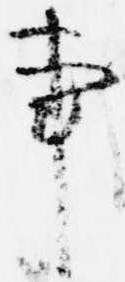
事